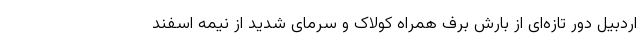
اردبیل دور تازه‌ای از بارش برف همراه کولاک و سرمای شدید از نیمه اسفند